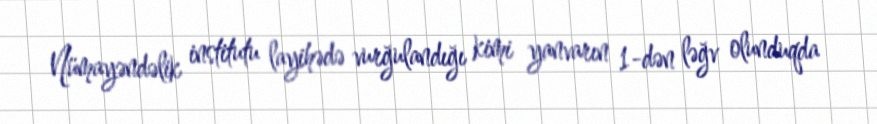
Nümayəndəlik institutu layihədə vurğulandığı kimi yanvarın 1-dən ləğv olunduqda